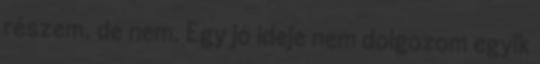
részem, de nem. Egy jó ideje nem dolgozom egyik